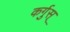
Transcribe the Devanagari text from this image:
कर्गुस्